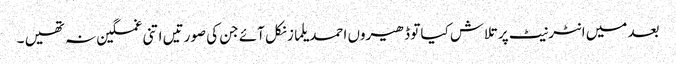
بعد میں انٹرنیٹ پر تلاش کیا تو ڈھیروں احمد یلماز نکل آئے جن کی صورتیں اتنی غمگین نہ تھیں ۔